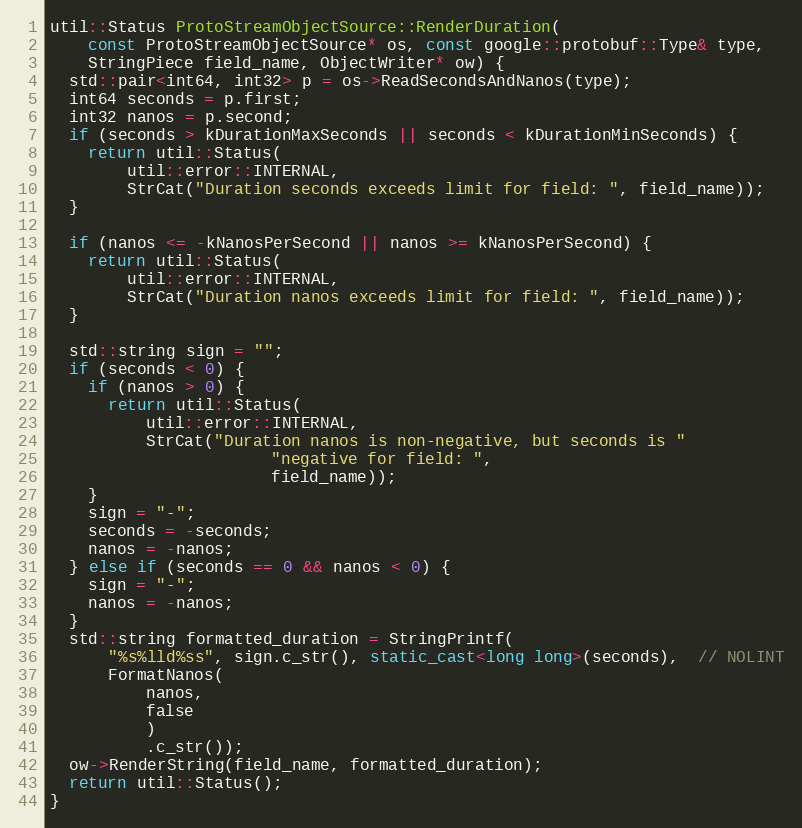
Language: C++
util::Status ProtoStreamObjectSource::RenderDuration(
    const ProtoStreamObjectSource* os, const google::protobuf::Type& type,
    StringPiece field_name, ObjectWriter* ow) {
  std::pair<int64, int32> p = os->ReadSecondsAndNanos(type);
  int64 seconds = p.first;
  int32 nanos = p.second;
  if (seconds > kDurationMaxSeconds || seconds < kDurationMinSeconds) {
    return util::Status(
        util::error::INTERNAL,
        StrCat("Duration seconds exceeds limit for field: ", field_name));
  }

  if (nanos <= -kNanosPerSecond || nanos >= kNanosPerSecond) {
    return util::Status(
        util::error::INTERNAL,
        StrCat("Duration nanos exceeds limit for field: ", field_name));
  }

  std::string sign = "";
  if (seconds < 0) {
    if (nanos > 0) {
      return util::Status(
          util::error::INTERNAL,
          StrCat("Duration nanos is non-negative, but seconds is "
                       "negative for field: ",
                       field_name));
    }
    sign = "-";
    seconds = -seconds;
    nanos = -nanos;
  } else if (seconds == 0 && nanos < 0) {
    sign = "-";
    nanos = -nanos;
  }
  std::string formatted_duration = StringPrintf(
      "%s%lld%ss", sign.c_str(), static_cast<long long>(seconds),  // NOLINT
      FormatNanos(
          nanos,
          false
          )
          .c_str());
  ow->RenderString(field_name, formatted_duration);
  return util::Status();
}